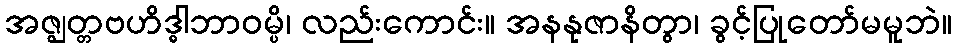
အဇ္ဈတ္တဗဟိဒ္ဓါဘာဝမ္ပိ၊ လည်းကောင်း။ အနနုဇာနိတွာ၊ ခွင့်ပြုတော်မမူဘဲ။